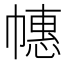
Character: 𱜵